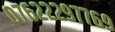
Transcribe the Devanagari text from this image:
०७६२२२९७७६९